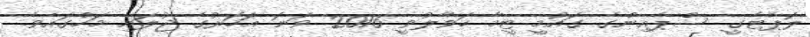
ލޮޕެޓެގީ ސްޕެއިންގެ ގައުމީ ޓީމާ ހަވާލުވީ 2016 ވަނަ އަހަރުގެ ޖުލައި މަހުގައެވެ.